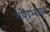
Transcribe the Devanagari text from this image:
गणभाव